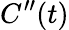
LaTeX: C^{\prime\prime}(t)